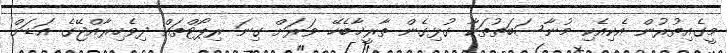
މީގެއިތުރުން އެކިއެކި މުނާސަބަތުތަކާ ގުޅިގެން ތާރީޚާބެހޭ ވަރަށް ގިނަ ރިޕޯޓްތައް ދިވެހިރާއްޖޭގެ އަޑަށް